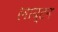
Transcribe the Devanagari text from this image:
लाय्टन